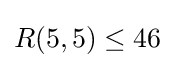
R(5,5)\leq 46